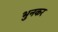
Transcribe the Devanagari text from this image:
भुनकर